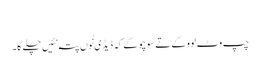
‏
چپ وٹ لوَو گے تے سوچو گے کہ ڈیڈی نُوں پتہ نئیں چلے گا۔